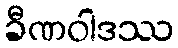
ခီဏဝါဒဿ